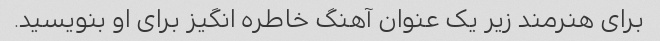
برای هنرمند زیر یک عنوان آهنگ خاطره انگیز برای او بنویسید.